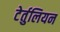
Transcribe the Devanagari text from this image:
टेर्तुलियन